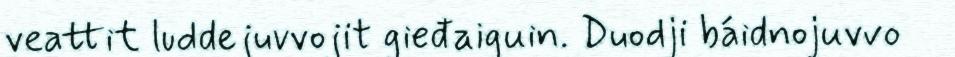
veattit luddejuvvojit gieđaiguin. Duodji báidnojuvvo